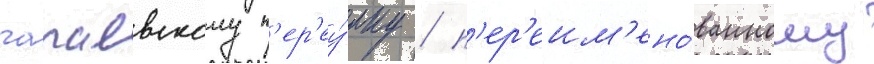
чапаевскому п'ер'еу́лку / п'ер'еим'ено́ванному